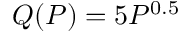
Q ( P ) = 5 P ^ { 0 . 5 }